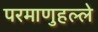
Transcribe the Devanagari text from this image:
परमाणुहल्ले